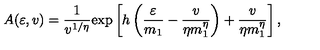
A ( \varepsilon , v ) = { \frac { 1 } { v ^ { 1 / \eta } } } \mathrm { e x p } \left[ h \left( { \frac { \varepsilon } { m _ { 1 } } } - { \frac { v } { \eta m _ { 1 } ^ { \eta } } } \right) + { \frac { v } { \eta m _ { 1 } ^ { \eta } } } \right] ,